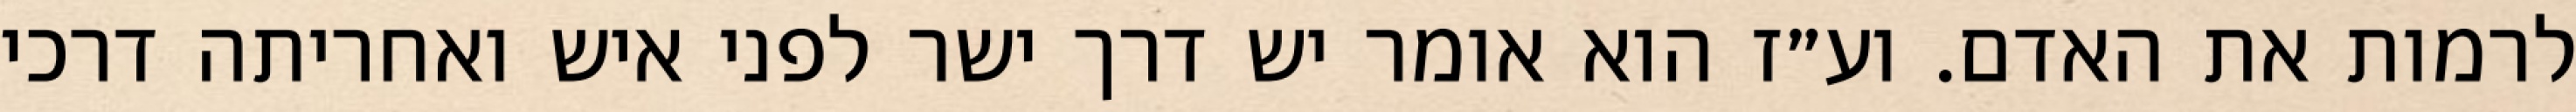
לרמות את האדם. וע״ז הוא אומר יש דרך ישר לפני איש ואחריתה דרכי